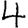
Digit: 4